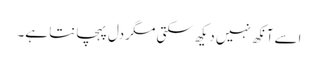
اسے آنکھ نہیں دیکھ سکتی مگر دل پہچانتا ہے۔